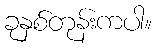
ခုနှစ်တုန်းကပါ။